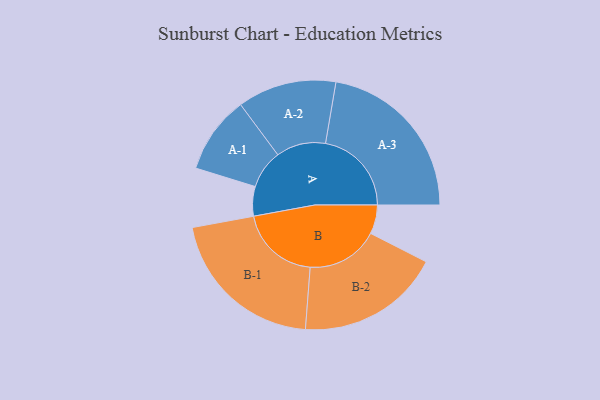
{"axis": {"x": "Segment", "y": "Value"}, "legend": ["", "A", "B"], "data": [{"x": "A", "y": 102, "type": ""}, {"x": "B", "y": 100, "type": ""}, {"x": "A-1", "y": 134, "type": "A"}, {"x": "A-2", "y": 171, "type": "A"}, {"x": "A-3", "y": 297, "type": "A"}, {"x": "B-1", "y": 278, "type": "B"}, {"x": "B-2", "y": 249, "type": "B"}]}